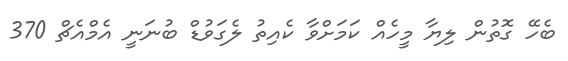
ބެހޭ ގޮތުން ލިޔާ މީހެއް ކަމަށްވާ ކެއިތު ލެގަވުޑް ބުނަނީ އެމްއެޗް 370